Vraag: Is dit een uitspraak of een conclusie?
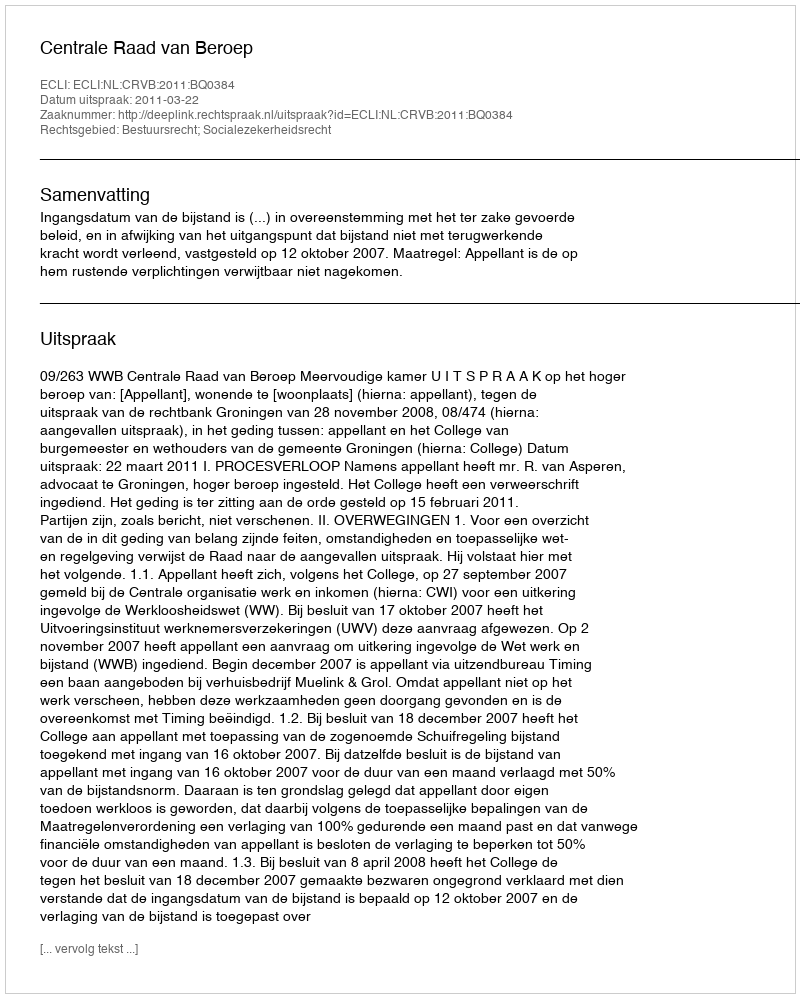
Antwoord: Uitspraak